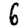
Digit: 6